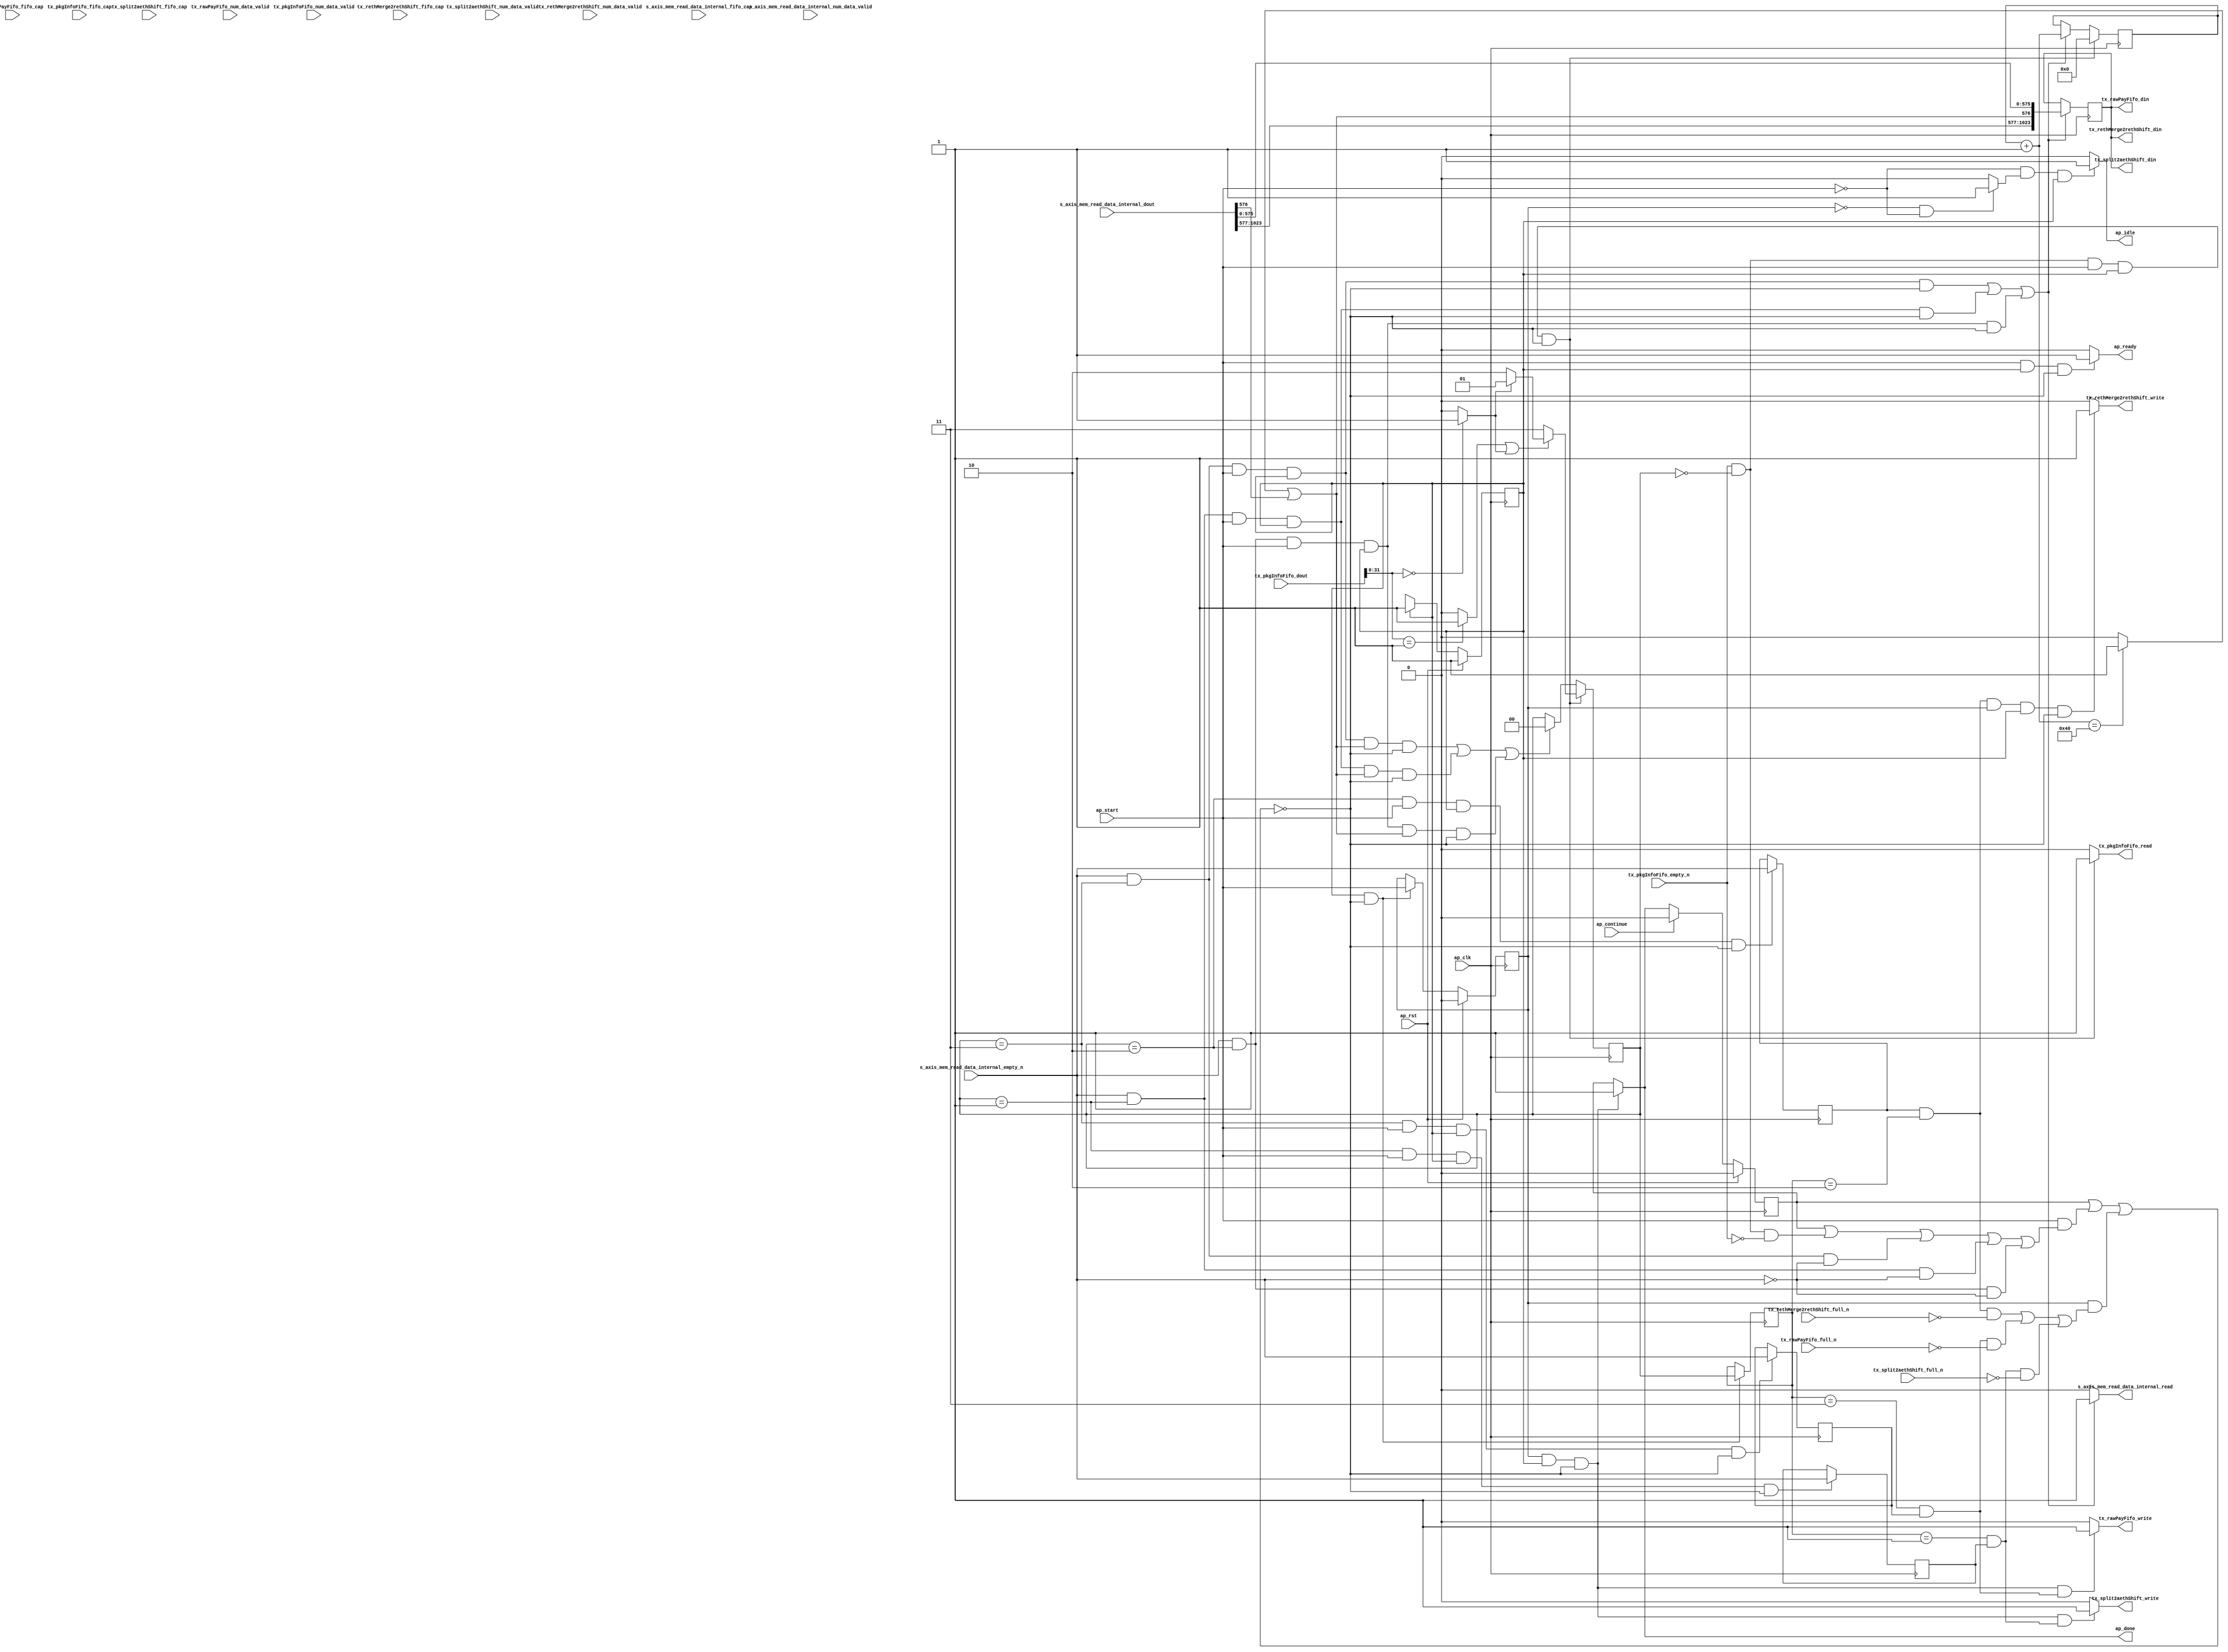
// ==============================================================
// RTL generated by Vitis HLS - High-Level Synthesis from C, C++ and OpenCL v2022.2 (64-bit)
// Version: 2022.2
// Copyright (C) Copyright 1986-2022 Xilinx, Inc. All Rights Reserved.
// 
// ===========================================================

`timescale 1 ns / 1 ps 

module rocev2_top_tx_pkg_arbiter_512_0_s (
        ap_clk,
        ap_rst,
        ap_start,
        ap_done,
        ap_continue,
        ap_idle,
        ap_ready,
        s_axis_mem_read_data_internal_dout,
        s_axis_mem_read_data_internal_num_data_valid,
        s_axis_mem_read_data_internal_fifo_cap,
        s_axis_mem_read_data_internal_empty_n,
        s_axis_mem_read_data_internal_read,
        tx_pkgInfoFifo_dout,
        tx_pkgInfoFifo_num_data_valid,
        tx_pkgInfoFifo_fifo_cap,
        tx_pkgInfoFifo_empty_n,
        tx_pkgInfoFifo_read,
        tx_rethMerge2rethShift_din,
        tx_rethMerge2rethShift_num_data_valid,
        tx_rethMerge2rethShift_fifo_cap,
        tx_rethMerge2rethShift_full_n,
        tx_rethMerge2rethShift_write,
        tx_split2aethShift_din,
        tx_split2aethShift_num_data_valid,
        tx_split2aethShift_fifo_cap,
        tx_split2aethShift_full_n,
        tx_split2aethShift_write,
        tx_rawPayFifo_din,
        tx_rawPayFifo_num_data_valid,
        tx_rawPayFifo_fifo_cap,
        tx_rawPayFifo_full_n,
        tx_rawPayFifo_write
);

parameter    ap_ST_fsm_pp0_stage0 = 1'd1;

input   ap_clk;
input   ap_rst;
input   ap_start;
output   ap_done;
input   ap_continue;
output   ap_idle;
output   ap_ready;
input  [1023:0] s_axis_mem_read_data_internal_dout;
input  [1:0] s_axis_mem_read_data_internal_num_data_valid;
input  [1:0] s_axis_mem_read_data_internal_fifo_cap;
input   s_axis_mem_read_data_internal_empty_n;
output   s_axis_mem_read_data_internal_read;
input  [63:0] tx_pkgInfoFifo_dout;
input  [7:0] tx_pkgInfoFifo_num_data_valid;
input  [7:0] tx_pkgInfoFifo_fifo_cap;
input   tx_pkgInfoFifo_empty_n;
output   tx_pkgInfoFifo_read;
output  [1023:0] tx_rethMerge2rethShift_din;
input  [2:0] tx_rethMerge2rethShift_num_data_valid;
input  [2:0] tx_rethMerge2rethShift_fifo_cap;
input   tx_rethMerge2rethShift_full_n;
output   tx_rethMerge2rethShift_write;
output  [1023:0] tx_split2aethShift_din;
input  [2:0] tx_split2aethShift_num_data_valid;
input  [2:0] tx_split2aethShift_fifo_cap;
input   tx_split2aethShift_full_n;
output   tx_split2aethShift_write;
output  [1023:0] tx_rawPayFifo_din;
input  [2:0] tx_rawPayFifo_num_data_valid;
input  [2:0] tx_rawPayFifo_fifo_cap;
input   tx_rawPayFifo_full_n;
output   tx_rawPayFifo_write;

reg ap_done;
reg ap_idle;
reg ap_ready;
reg s_axis_mem_read_data_internal_read;
reg tx_pkgInfoFifo_read;
reg tx_rethMerge2rethShift_write;
reg tx_split2aethShift_write;
reg tx_rawPayFifo_write;

(* fsm_encoding = "none" *) reg   [0:0] ap_CS_fsm;
wire    ap_CS_fsm_pp0_stage0;
wire    ap_enable_reg_pp0_iter0;
reg    ap_enable_reg_pp0_iter1;
reg    ap_idle_pp0;
wire   [0:0] grp_nbreadreq_fu_58_p3;
reg    ap_predicate_op29_read_state1;
reg    ap_predicate_op42_read_state1;
reg    ap_predicate_op55_read_state1;
wire   [0:0] tmp_i_nbreadreq_fu_72_p3;
reg    ap_predicate_op68_read_state1;
reg    ap_done_reg;
reg    ap_block_state1_pp0_stage0_iter0;
reg   [1:0] state_load_reg_244;
reg   [0:0] tmp_5_i_reg_248;
reg    ap_predicate_op79_write_state2;
reg   [0:0] tmp_i_170_reg_255;
reg    ap_predicate_op81_write_state2;
reg   [0:0] tmp_4_i_reg_262;
reg    ap_predicate_op83_write_state2;
reg    ap_block_state2_pp0_stage0_iter1;
reg    ap_block_pp0_stage0_subdone;
reg   [1:0] state;
reg   [7:0] wordCounter_V;
reg    tx_pkgInfoFifo_blk_n;
wire    ap_block_pp0_stage0;
reg    s_axis_mem_read_data_internal_blk_n;
reg    tx_split2aethShift_blk_n;
reg    tx_rethMerge2rethShift_blk_n;
reg    tx_rawPayFifo_blk_n;
wire   [1023:0] grp_fu_132_p4;
reg   [1023:0] reg_142;
reg    ap_block_pp0_stage0_11001;
wire   [1:0] select_ln1712_1_fu_230_p3;
wire   [0:0] grp_fu_126_p2;
wire   [7:0] grp_fu_115_p2;
reg    ap_block_pp0_stage0_01001;
wire   [0:0] grp_fu_120_p2;
wire   [0:0] grp_fu_107_p3;
wire   [31:0] trunc_ln1709_fu_194_p1;
wire   [0:0] icmp_ln1712_1_fu_210_p2;
wire   [0:0] icmp_ln1712_fu_204_p2;
wire   [0:0] or_ln1712_fu_224_p2;
wire   [1:0] select_ln1712_fu_216_p3;
reg   [0:0] ap_NS_fsm;
reg    ap_idle_pp0_0to0;
reg    ap_reset_idle_pp0;
wire    ap_enable_pp0;
wire    ap_ce_reg;

// power-on initialization
initial begin
#0 ap_CS_fsm = 1'd1;
#0 ap_enable_reg_pp0_iter1 = 1'b0;
#0 ap_done_reg = 1'b0;
#0 state = 2'd0;
#0 wordCounter_V = 8'd0;
end

always @ (posedge ap_clk) begin
    if (ap_rst == 1'b1) begin
        ap_CS_fsm <= ap_ST_fsm_pp0_stage0;
    end else begin
        ap_CS_fsm <= ap_NS_fsm;
    end
end

always @ (posedge ap_clk) begin
    if (ap_rst == 1'b1) begin
        ap_done_reg <= 1'b0;
    end else begin
        if ((ap_continue == 1'b1)) begin
            ap_done_reg <= 1'b0;
        end else if (((ap_enable_reg_pp0_iter1 == 1'b1) & (1'b1 == ap_CS_fsm_pp0_stage0) & (1'b0 == ap_block_pp0_stage0_subdone))) begin
            ap_done_reg <= 1'b1;
        end
    end
end

always @ (posedge ap_clk) begin
    if (ap_rst == 1'b1) begin
        ap_enable_reg_pp0_iter1 <= 1'b0;
    end else begin
        if (((1'b1 == ap_CS_fsm_pp0_stage0) & (1'b0 == ap_block_pp0_stage0_subdone))) begin
            ap_enable_reg_pp0_iter1 <= ap_start;
        end
    end
end

always @ (posedge ap_clk) begin
    if (((tmp_i_nbreadreq_fu_72_p3 == 1'd1) & (state == 2'd0) & (ap_start == 1'b1) & (1'b1 == ap_CS_fsm_pp0_stage0) & (1'b0 == ap_block_pp0_stage0_11001))) begin
        state <= select_ln1712_1_fu_230_p3;
    end else if ((((grp_nbreadreq_fu_58_p3 == 1'd1) & (state == 2'd3) & (ap_start == 1'b1) & (1'b1 == ap_CS_fsm_pp0_stage0) & (grp_fu_126_p2 == 1'd1) & (1'b0 == ap_block_pp0_stage0_11001)) | ((grp_nbreadreq_fu_58_p3 == 1'd1) & (state == 2'd1) & (ap_start == 1'b1) & (1'b1 == ap_CS_fsm_pp0_stage0) & (grp_fu_126_p2 == 1'd1) & (1'b0 == ap_block_pp0_stage0_11001)) | ((grp_nbreadreq_fu_58_p3 == 1'd1) & (state == 2'd2) & (ap_start == 1'b1) & (1'b1 == ap_CS_fsm_pp0_stage0) & (grp_fu_126_p2 == 1'd1) & (1'b0 == ap_block_pp0_stage0_11001)))) begin
        state <= 2'd0;
    end
end

always @ (posedge ap_clk) begin
    if (((tmp_i_nbreadreq_fu_72_p3 == 1'd1) & (state == 2'd0) & (ap_start == 1'b1) & (1'b1 == ap_CS_fsm_pp0_stage0) & (1'b0 == ap_block_pp0_stage0_11001))) begin
        wordCounter_V <= 8'd0;
    end else if ((((grp_nbreadreq_fu_58_p3 == 1'd1) & (state == 2'd3) & (ap_start == 1'b1) & (1'b1 == ap_CS_fsm_pp0_stage0) & (1'b0 == ap_block_pp0_stage0_11001)) | ((grp_nbreadreq_fu_58_p3 == 1'd1) & (state == 2'd1) & (ap_start == 1'b1) & (1'b1 == ap_CS_fsm_pp0_stage0) & (1'b0 == ap_block_pp0_stage0_11001)) | ((grp_nbreadreq_fu_58_p3 == 1'd1) & (state == 2'd2) & (ap_start == 1'b1) & (1'b1 == ap_CS_fsm_pp0_stage0) & (1'b0 == ap_block_pp0_stage0_11001)))) begin
        wordCounter_V <= grp_fu_115_p2;
    end
end

always @ (posedge ap_clk) begin
    if ((((grp_nbreadreq_fu_58_p3 == 1'd1) & (state == 2'd3) & (ap_start == 1'b1) & (1'b1 == ap_CS_fsm_pp0_stage0) & (1'b0 == ap_block_pp0_stage0_11001)) | ((grp_nbreadreq_fu_58_p3 == 1'd1) & (state == 2'd1) & (ap_start == 1'b1) & (1'b1 == ap_CS_fsm_pp0_stage0) & (1'b0 == ap_block_pp0_stage0_11001)) | ((grp_nbreadreq_fu_58_p3 == 1'd1) & (state == 2'd2) & (ap_start == 1'b1) & (1'b1 == ap_CS_fsm_pp0_stage0) & (1'b0 == ap_block_pp0_stage0_11001)))) begin
        reg_142 <= grp_fu_132_p4;
    end
end

always @ (posedge ap_clk) begin
    if (((1'b1 == ap_CS_fsm_pp0_stage0) & (1'b0 == ap_block_pp0_stage0_11001))) begin
        state_load_reg_244 <= state;
    end
end

always @ (posedge ap_clk) begin
    if (((state == 2'd3) & (ap_start == 1'b1) & (1'b1 == ap_CS_fsm_pp0_stage0) & (1'b0 == ap_block_pp0_stage0_11001))) begin
        tmp_4_i_reg_262 <= grp_nbreadreq_fu_58_p3;
    end
end

always @ (posedge ap_clk) begin
    if (((state == 2'd2) & (ap_start == 1'b1) & (1'b1 == ap_CS_fsm_pp0_stage0) & (1'b0 == ap_block_pp0_stage0_11001))) begin
        tmp_5_i_reg_248 <= grp_nbreadreq_fu_58_p3;
    end
end

always @ (posedge ap_clk) begin
    if (((state == 2'd1) & (ap_start == 1'b1) & (1'b1 == ap_CS_fsm_pp0_stage0) & (1'b0 == ap_block_pp0_stage0_11001))) begin
        tmp_i_170_reg_255 <= grp_nbreadreq_fu_58_p3;
    end
end

always @ (*) begin
    if (((ap_enable_reg_pp0_iter1 == 1'b1) & (1'b1 == ap_CS_fsm_pp0_stage0) & (1'b0 == ap_block_pp0_stage0_subdone))) begin
        ap_done = 1'b1;
    end else begin
        ap_done = ap_done_reg;
    end
end

always @ (*) begin
    if (((ap_start == 1'b0) & (ap_idle_pp0 == 1'b1) & (1'b1 == ap_CS_fsm_pp0_stage0))) begin
        ap_idle = 1'b1;
    end else begin
        ap_idle = 1'b0;
    end
end

always @ (*) begin
    if (((ap_enable_reg_pp0_iter1 == 1'b0) & (ap_enable_reg_pp0_iter0 == 1'b0))) begin
        ap_idle_pp0 = 1'b1;
    end else begin
        ap_idle_pp0 = 1'b0;
    end
end

always @ (*) begin
    if ((ap_enable_reg_pp0_iter0 == 1'b0)) begin
        ap_idle_pp0_0to0 = 1'b1;
    end else begin
        ap_idle_pp0_0to0 = 1'b0;
    end
end

always @ (*) begin
    if (((ap_start == 1'b1) & (1'b1 == ap_CS_fsm_pp0_stage0) & (1'b0 == ap_block_pp0_stage0_subdone))) begin
        ap_ready = 1'b1;
    end else begin
        ap_ready = 1'b0;
    end
end

always @ (*) begin
    if (((ap_start == 1'b0) & (ap_idle_pp0_0to0 == 1'b1))) begin
        ap_reset_idle_pp0 = 1'b1;
    end else begin
        ap_reset_idle_pp0 = 1'b0;
    end
end

always @ (*) begin
    if ((((ap_done_reg == 1'b0) & (ap_predicate_op55_read_state1 == 1'b1) & (ap_start == 1'b1) & (1'b1 == ap_CS_fsm_pp0_stage0) & (1'b0 == ap_block_pp0_stage0)) | ((ap_done_reg == 1'b0) & (ap_predicate_op42_read_state1 == 1'b1) & (ap_start == 1'b1) & (1'b1 == ap_CS_fsm_pp0_stage0) & (1'b0 == ap_block_pp0_stage0)) | ((ap_done_reg == 1'b0) & (ap_predicate_op29_read_state1 == 1'b1) & (ap_start == 1'b1) & (1'b1 == ap_CS_fsm_pp0_stage0) & (1'b0 == ap_block_pp0_stage0)))) begin
        s_axis_mem_read_data_internal_blk_n = s_axis_mem_read_data_internal_empty_n;
    end else begin
        s_axis_mem_read_data_internal_blk_n = 1'b1;
    end
end

always @ (*) begin
    if ((((ap_predicate_op55_read_state1 == 1'b1) & (ap_start == 1'b1) & (1'b1 == ap_CS_fsm_pp0_stage0) & (1'b0 == ap_block_pp0_stage0_11001)) | ((ap_predicate_op42_read_state1 == 1'b1) & (ap_start == 1'b1) & (1'b1 == ap_CS_fsm_pp0_stage0) & (1'b0 == ap_block_pp0_stage0_11001)) | ((ap_predicate_op29_read_state1 == 1'b1) & (ap_start == 1'b1) & (1'b1 == ap_CS_fsm_pp0_stage0) & (1'b0 == ap_block_pp0_stage0_11001)))) begin
        s_axis_mem_read_data_internal_read = 1'b1;
    end else begin
        s_axis_mem_read_data_internal_read = 1'b0;
    end
end

always @ (*) begin
    if (((ap_done_reg == 1'b0) & (ap_predicate_op68_read_state1 == 1'b1) & (ap_start == 1'b1) & (1'b1 == ap_CS_fsm_pp0_stage0) & (1'b0 == ap_block_pp0_stage0))) begin
        tx_pkgInfoFifo_blk_n = tx_pkgInfoFifo_empty_n;
    end else begin
        tx_pkgInfoFifo_blk_n = 1'b1;
    end
end

always @ (*) begin
    if (((ap_predicate_op68_read_state1 == 1'b1) & (ap_start == 1'b1) & (1'b1 == ap_CS_fsm_pp0_stage0) & (1'b0 == ap_block_pp0_stage0_11001))) begin
        tx_pkgInfoFifo_read = 1'b1;
    end else begin
        tx_pkgInfoFifo_read = 1'b0;
    end
end

always @ (*) begin
    if (((ap_enable_reg_pp0_iter1 == 1'b1) & (1'b1 == ap_CS_fsm_pp0_stage0) & (1'b0 == ap_block_pp0_stage0) & (ap_predicate_op83_write_state2 == 1'b1))) begin
        tx_rawPayFifo_blk_n = tx_rawPayFifo_full_n;
    end else begin
        tx_rawPayFifo_blk_n = 1'b1;
    end
end

always @ (*) begin
    if (((ap_enable_reg_pp0_iter1 == 1'b1) & (1'b1 == ap_CS_fsm_pp0_stage0) & (1'b0 == ap_block_pp0_stage0_11001) & (ap_predicate_op83_write_state2 == 1'b1))) begin
        tx_rawPayFifo_write = 1'b1;
    end else begin
        tx_rawPayFifo_write = 1'b0;
    end
end

always @ (*) begin
    if (((ap_predicate_op79_write_state2 == 1'b1) & (ap_enable_reg_pp0_iter1 == 1'b1) & (1'b1 == ap_CS_fsm_pp0_stage0) & (1'b0 == ap_block_pp0_stage0))) begin
        tx_rethMerge2rethShift_blk_n = tx_rethMerge2rethShift_full_n;
    end else begin
        tx_rethMerge2rethShift_blk_n = 1'b1;
    end
end

always @ (*) begin
    if (((ap_predicate_op79_write_state2 == 1'b1) & (ap_enable_reg_pp0_iter1 == 1'b1) & (1'b1 == ap_CS_fsm_pp0_stage0) & (1'b0 == ap_block_pp0_stage0_11001))) begin
        tx_rethMerge2rethShift_write = 1'b1;
    end else begin
        tx_rethMerge2rethShift_write = 1'b0;
    end
end

always @ (*) begin
    if (((ap_enable_reg_pp0_iter1 == 1'b1) & (1'b1 == ap_CS_fsm_pp0_stage0) & (1'b0 == ap_block_pp0_stage0) & (ap_predicate_op81_write_state2 == 1'b1))) begin
        tx_split2aethShift_blk_n = tx_split2aethShift_full_n;
    end else begin
        tx_split2aethShift_blk_n = 1'b1;
    end
end

always @ (*) begin
    if (((ap_enable_reg_pp0_iter1 == 1'b1) & (1'b1 == ap_CS_fsm_pp0_stage0) & (1'b0 == ap_block_pp0_stage0_11001) & (ap_predicate_op81_write_state2 == 1'b1))) begin
        tx_split2aethShift_write = 1'b1;
    end else begin
        tx_split2aethShift_write = 1'b0;
    end
end

always @ (*) begin
    case (ap_CS_fsm)
        ap_ST_fsm_pp0_stage0 : begin
            ap_NS_fsm = ap_ST_fsm_pp0_stage0;
        end
        default : begin
            ap_NS_fsm = 'bx;
        end
    endcase
end

assign ap_CS_fsm_pp0_stage0 = ap_CS_fsm[32'd0];

assign ap_block_pp0_stage0 = ~(1'b1 == 1'b1);

always @ (*) begin
    ap_block_pp0_stage0_01001 = ((ap_done_reg == 1'b1) | ((ap_start == 1'b1) & ((ap_done_reg == 1'b1) | ((ap_predicate_op68_read_state1 == 1'b1) & (tx_pkgInfoFifo_empty_n == 1'b0)) | ((ap_predicate_op55_read_state1 == 1'b1) & (s_axis_mem_read_data_internal_empty_n == 1'b0)) | ((ap_predicate_op42_read_state1 == 1'b1) & (s_axis_mem_read_data_internal_empty_n == 1'b0)) | ((ap_predicate_op29_read_state1 == 1'b1) & (s_axis_mem_read_data_internal_empty_n == 1'b0)))) | ((ap_enable_reg_pp0_iter1 == 1'b1) & (((ap_predicate_op79_write_state2 == 1'b1) & (tx_rethMerge2rethShift_full_n == 1'b0)) | ((ap_predicate_op83_write_state2 == 1'b1) & (tx_rawPayFifo_full_n == 1'b0)) | ((ap_predicate_op81_write_state2 == 1'b1) & (tx_split2aethShift_full_n == 1'b0)))));
end

always @ (*) begin
    ap_block_pp0_stage0_11001 = ((ap_done_reg == 1'b1) | ((ap_start == 1'b1) & ((ap_done_reg == 1'b1) | ((ap_predicate_op68_read_state1 == 1'b1) & (tx_pkgInfoFifo_empty_n == 1'b0)) | ((ap_predicate_op55_read_state1 == 1'b1) & (s_axis_mem_read_data_internal_empty_n == 1'b0)) | ((ap_predicate_op42_read_state1 == 1'b1) & (s_axis_mem_read_data_internal_empty_n == 1'b0)) | ((ap_predicate_op29_read_state1 == 1'b1) & (s_axis_mem_read_data_internal_empty_n == 1'b0)))) | ((ap_enable_reg_pp0_iter1 == 1'b1) & (((ap_predicate_op79_write_state2 == 1'b1) & (tx_rethMerge2rethShift_full_n == 1'b0)) | ((ap_predicate_op83_write_state2 == 1'b1) & (tx_rawPayFifo_full_n == 1'b0)) | ((ap_predicate_op81_write_state2 == 1'b1) & (tx_split2aethShift_full_n == 1'b0)))));
end

always @ (*) begin
    ap_block_pp0_stage0_subdone = ((ap_done_reg == 1'b1) | ((ap_start == 1'b1) & ((ap_done_reg == 1'b1) | ((ap_predicate_op68_read_state1 == 1'b1) & (tx_pkgInfoFifo_empty_n == 1'b0)) | ((ap_predicate_op55_read_state1 == 1'b1) & (s_axis_mem_read_data_internal_empty_n == 1'b0)) | ((ap_predicate_op42_read_state1 == 1'b1) & (s_axis_mem_read_data_internal_empty_n == 1'b0)) | ((ap_predicate_op29_read_state1 == 1'b1) & (s_axis_mem_read_data_internal_empty_n == 1'b0)))) | ((ap_enable_reg_pp0_iter1 == 1'b1) & (((ap_predicate_op79_write_state2 == 1'b1) & (tx_rethMerge2rethShift_full_n == 1'b0)) | ((ap_predicate_op83_write_state2 == 1'b1) & (tx_rawPayFifo_full_n == 1'b0)) | ((ap_predicate_op81_write_state2 == 1'b1) & (tx_split2aethShift_full_n == 1'b0)))));
end

always @ (*) begin
    ap_block_state1_pp0_stage0_iter0 = ((ap_done_reg == 1'b1) | ((ap_predicate_op68_read_state1 == 1'b1) & (tx_pkgInfoFifo_empty_n == 1'b0)) | ((ap_predicate_op55_read_state1 == 1'b1) & (s_axis_mem_read_data_internal_empty_n == 1'b0)) | ((ap_predicate_op42_read_state1 == 1'b1) & (s_axis_mem_read_data_internal_empty_n == 1'b0)) | ((ap_predicate_op29_read_state1 == 1'b1) & (s_axis_mem_read_data_internal_empty_n == 1'b0)));
end

always @ (*) begin
    ap_block_state2_pp0_stage0_iter1 = (((ap_predicate_op79_write_state2 == 1'b1) & (tx_rethMerge2rethShift_full_n == 1'b0)) | ((ap_predicate_op83_write_state2 == 1'b1) & (tx_rawPayFifo_full_n == 1'b0)) | ((ap_predicate_op81_write_state2 == 1'b1) & (tx_split2aethShift_full_n == 1'b0)));
end

assign ap_enable_pp0 = (ap_idle_pp0 ^ 1'b1);

assign ap_enable_reg_pp0_iter0 = ap_start;

always @ (*) begin
    ap_predicate_op29_read_state1 = ((grp_nbreadreq_fu_58_p3 == 1'd1) & (state == 2'd2));
end

always @ (*) begin
    ap_predicate_op42_read_state1 = ((grp_nbreadreq_fu_58_p3 == 1'd1) & (state == 2'd1));
end

always @ (*) begin
    ap_predicate_op55_read_state1 = ((grp_nbreadreq_fu_58_p3 == 1'd1) & (state == 2'd3));
end

always @ (*) begin
    ap_predicate_op68_read_state1 = ((tmp_i_nbreadreq_fu_72_p3 == 1'd1) & (state == 2'd0));
end

always @ (*) begin
    ap_predicate_op79_write_state2 = ((tmp_5_i_reg_248 == 1'd1) & (state_load_reg_244 == 2'd2));
end

always @ (*) begin
    ap_predicate_op81_write_state2 = ((state_load_reg_244 == 2'd1) & (tmp_i_170_reg_255 == 1'd1));
end

always @ (*) begin
    ap_predicate_op83_write_state2 = ((state_load_reg_244 == 2'd3) & (tmp_4_i_reg_262 == 1'd1));
end

assign grp_fu_107_p3 = s_axis_mem_read_data_internal_dout[1024'd576];

assign grp_fu_115_p2 = (wordCounter_V + 8'd1);

assign grp_fu_120_p2 = ((grp_fu_115_p2 == 8'd64) ? 1'b1 : 1'b0);

assign grp_fu_126_p2 = (grp_fu_120_p2 | grp_fu_107_p3);

assign grp_fu_132_p4 = {s_axis_mem_read_data_internal_dout[1024 - 1:577], |(grp_fu_126_p2), s_axis_mem_read_data_internal_dout[575:0]};

assign grp_nbreadreq_fu_58_p3 = s_axis_mem_read_data_internal_empty_n;

assign icmp_ln1712_1_fu_210_p2 = ((trunc_ln1709_fu_194_p1 == 32'd0) ? 1'b1 : 1'b0);

assign icmp_ln1712_fu_204_p2 = ((trunc_ln1709_fu_194_p1 == 32'd1) ? 1'b1 : 1'b0);

assign or_ln1712_fu_224_p2 = (icmp_ln1712_fu_204_p2 | icmp_ln1712_1_fu_210_p2);

assign select_ln1712_1_fu_230_p3 = ((or_ln1712_fu_224_p2[0:0] == 1'b1) ? select_ln1712_fu_216_p3 : 2'd3);

assign select_ln1712_fu_216_p3 = ((icmp_ln1712_1_fu_210_p2[0:0] == 1'b1) ? 2'd1 : 2'd2);

assign tmp_i_nbreadreq_fu_72_p3 = tx_pkgInfoFifo_empty_n;

assign trunc_ln1709_fu_194_p1 = tx_pkgInfoFifo_dout[31:0];

assign tx_rawPayFifo_din = reg_142;

assign tx_rethMerge2rethShift_din = reg_142;

assign tx_split2aethShift_din = reg_142;

endmodule //rocev2_top_tx_pkg_arbiter_512_0_s